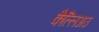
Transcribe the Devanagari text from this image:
कैल्लिअउ